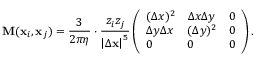
\mathbf M ( \mathbf { x } _ { i } , \mathbf { x } _ { j } ) = \frac { 3 } { 2 \pi \eta } \cdot \frac { z _ { i } z _ { j } } { \left| \Delta \mathbf { x } \right| ^ { 5 } } \left( \begin{array} { l l l } { ( \Delta x ) ^ { 2 } } & { \Delta x \Delta y } & { 0 } \\ { \Delta y \Delta x } & { ( \Delta y ) ^ { 2 } } & { 0 } \\ { 0 } & { 0 } & { 0 } \end{array} \right) .